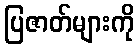
ပြဇာတ်များကို